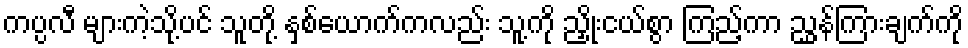
ကပ္ပလီ များကဲ့သို့ပင် သူတို့ နှစ်ယောက်ကလည်း သူ့ကို ညှိုးငယ်စွာ ကြည့်ကာ ညွှန်ကြားချက်ကို